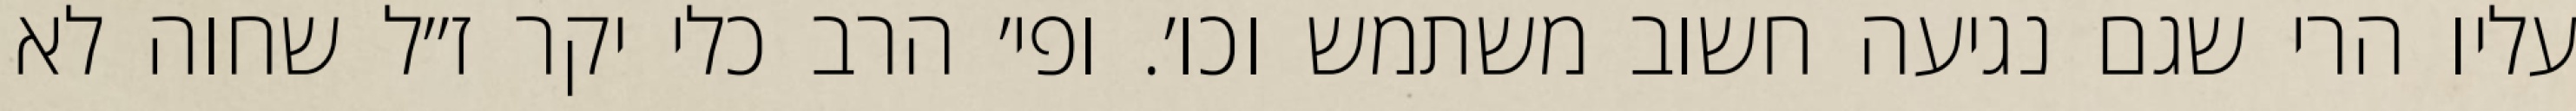
עליו הרי שגם נגיעה חשוב משתמש וכו׳. ופי׳ הרב כלי יקר ז״ל שחוה לא